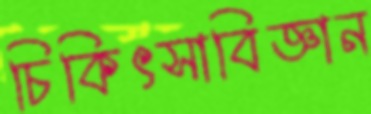
চিকিৎসাবিজ্ঞান